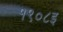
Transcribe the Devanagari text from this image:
१९०८इ